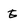
Character: E